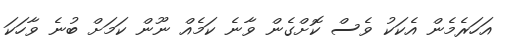
އަހަރެމެން އެކަކު ވެސް ކޮށްގެން ވާނެ ކަމެއް ނޫން ކަމަށް ބުނެ ވާހަކަ